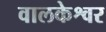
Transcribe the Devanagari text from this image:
वालकेश्वर